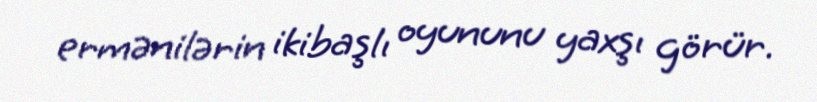
ermənilərin ikibaşlı oyununu yaxşı görür.